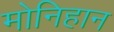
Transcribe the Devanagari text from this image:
मोनिहान